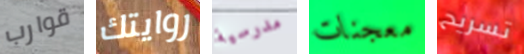
قوارب روايتك مدرسية معجنات تسريح